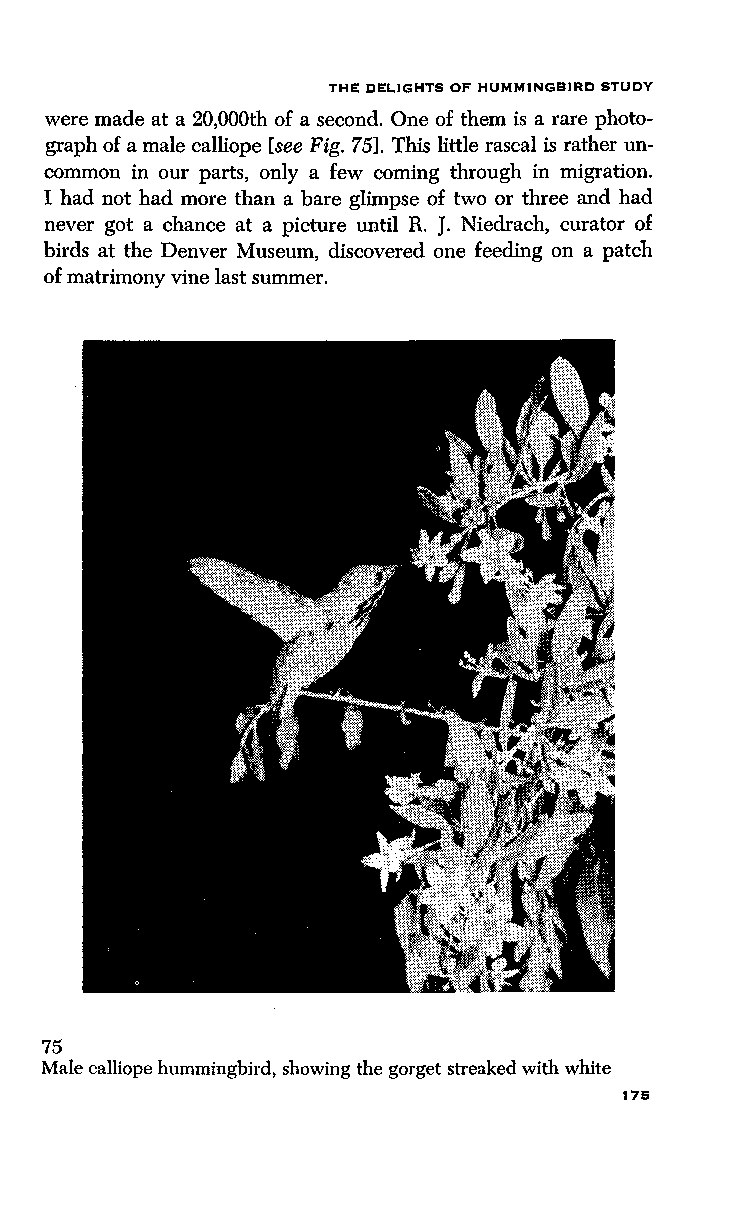
THE DELIGHTS OF HUMMINGBIRD STUDY
 were made at a 20,000th of a second. One of them is a rare photo
 graph of a male calliope [see Fig. 75]. This little rascal is rather un
 common in our parts, only a few coming through in migration.
 I had not had more than a bare glimpse of two or three and had
 never got a chance at a picture until R. J. Niedrach, curator of
 birds at the Denver Museum, discovered one feeding on a patch
 of matrimony vine last summer.
 75
 Male calliope hummingbird, showing the gorget streaked with white
 175